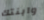
وابنتك